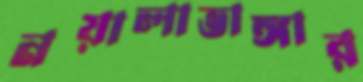
নয়ালাভাঙ্গার